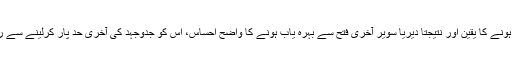
حق کو اپنے حق ہونے کا یقین اور نتیجتاً دیریا سویر آخری فتح سے بہرہ یاب ہونے کا واضح اِحساس، اس کو جدوجہد کی آخری حد پار کرلینے سے روکے رکھتا ہے۔